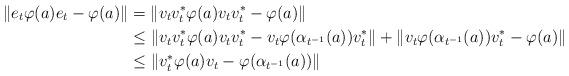
LaTeX: \begin{align*}\|e_t\varphi(a)e_t-\varphi(a)\|&=\|v_tv_t^*\varphi(a)v_tv_t^*-\varphi(a)\|\\&\leq \|v_tv_t^*\varphi(a)v_tv_t^*-v_t\varphi(\alpha_{t^{-1}}(a))v_t^*\|+\|v_t\varphi(\alpha_{t^{-1}}(a))v_t^*-\varphi(a)\|\\&\leq\|v_t^*\varphi(a)v_t-\varphi(\alpha_{t^{-1}}(a))\|\end{align*}